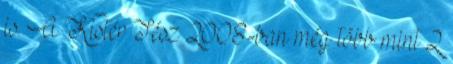
is. A Kistér Tész 2008-ban még több mint 2